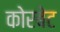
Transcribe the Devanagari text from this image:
कोरबेट